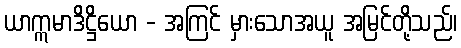
ယာဣမာဒိဋ္ဌိယော - အကြင် မှားသောအယူ အမြင်တို့သည်၊